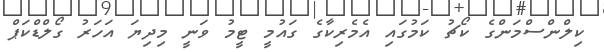
ކިލްންސްމަންގެ ކޯޗު ކަމުގައި އެމެރިކާގެ ގައުމީ ޓީމު ވަނީ މިދިޔަ އަހަރު ގޯލްޑްކަޕް